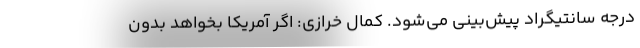
درجه سانتیگراد پیش‌بینی می‌شود. کمال خرازی: اگر آمریکا بخواهد بدون